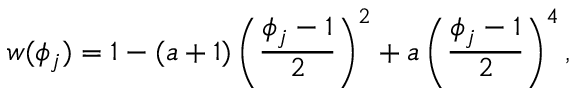
w ( \phi _ { j } ) = 1 - ( a + 1 ) \left( \frac { \phi _ { j } - 1 } { 2 } \right) ^ { 2 } + a \left( \frac { \phi _ { j } - 1 } { 2 } \right) ^ { 4 } ,